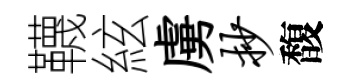
韈絃虜抄馥